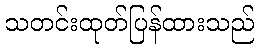
သတင်းထုတ်ပြန်ထားသည်